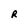
Character: R